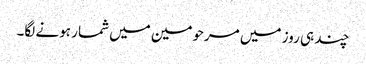
چند ہی روز میں مرحومین میں شمار ہونے لگا۔